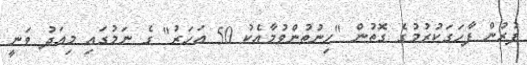
ފުރުން ފާހަގަކުރުމުގެ ގޮތުން "ހިނުތުންވުމާއެކު 50 އަހަރު" ގެ ނަމުގައި މިއަދު ވަނީ